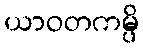
ယာဝတကမ္ပိ